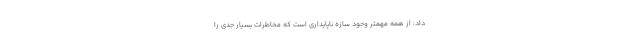
داد: از همه مهمتر وجود سازه ناپایداری است که مخاطرات بسیار جدی را